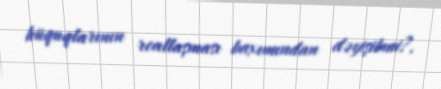
hüquqlarının reallaşması baxımından dəyişibmi?.